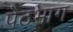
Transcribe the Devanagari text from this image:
पेठभाग